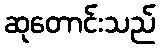
ဆုတောင်းသည်